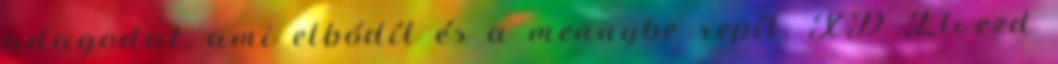
adagodat, ami elbódít és a mennybe repít. XD Élvezd